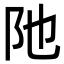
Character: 阤